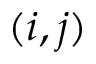
( i , j )